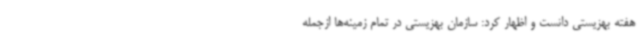
هفته بهزیستی دانست و اظهار کرد: سازمان بهزیستی در تمام زمینه‌ها ازجمله